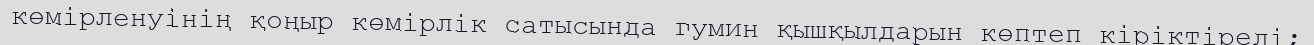
көмірленуінің қоңыр көмірлік сатысында гумин қышқылдарын көптеп кіріктіреді;